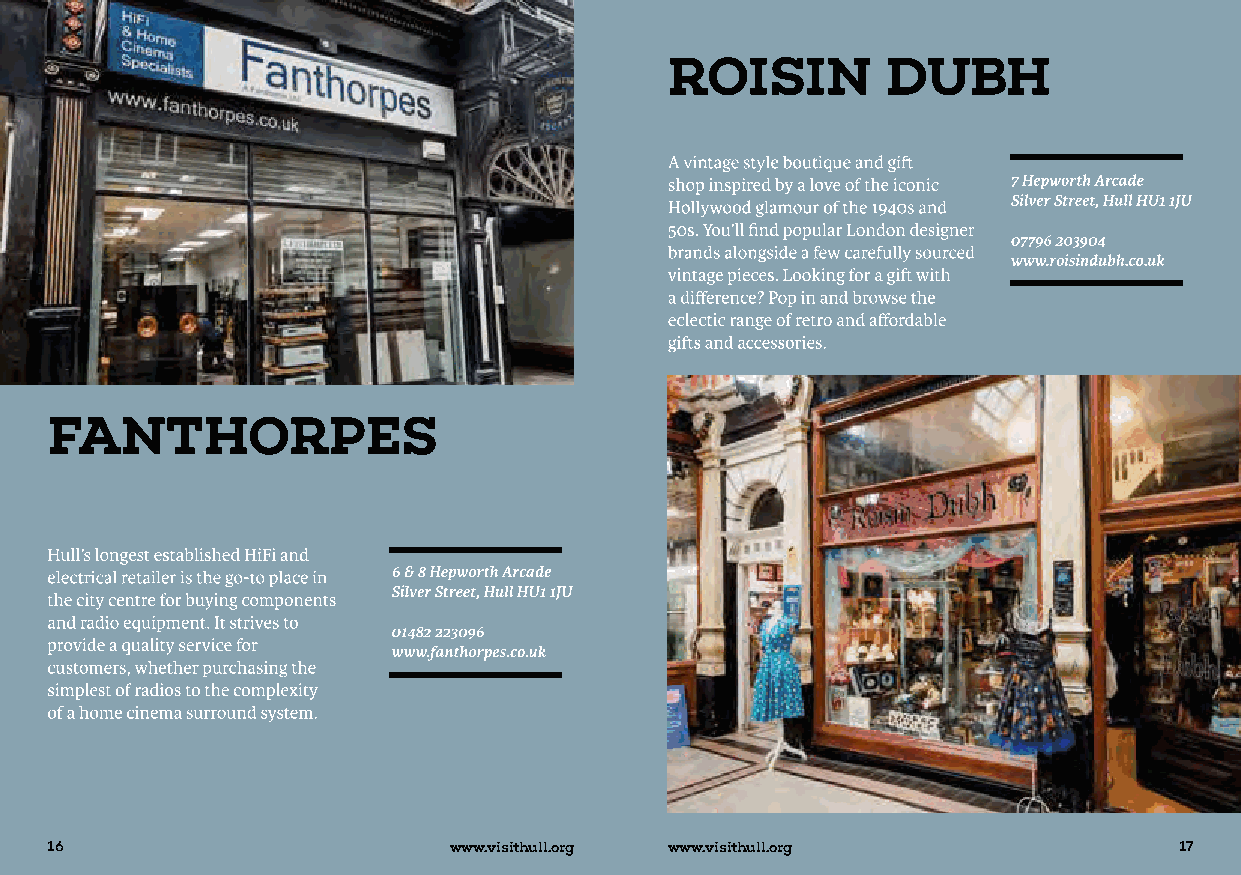
16                         www.visithull.org www.visithull.org             17